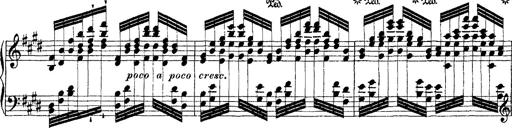
Title: Ã‰tudes d'exÃ©cution transcendante d'aprÃ¨s Paganini
Composer: Franz Liszt